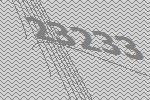
23233